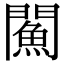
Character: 𨶢